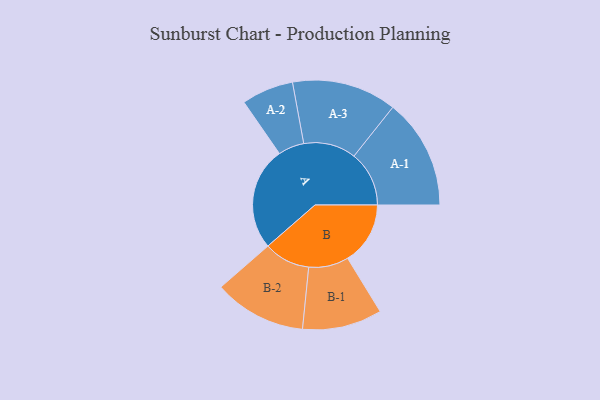
{"axis": {"x": "Segment", "y": "Value"}, "legend": ["", "A", "B"], "data": [{"x": "A", "y": 453, "type": ""}, {"x": "B", "y": 275, "type": ""}, {"x": "A-1", "y": 242, "type": "A"}, {"x": "A-2", "y": 114, "type": "A"}, {"x": "A-3", "y": 230, "type": "A"}, {"x": "B-1", "y": 175, "type": "B"}, {"x": "B-2", "y": 203, "type": "B"}]}